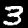
Digit: 3